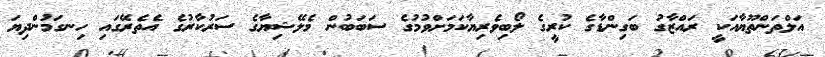
އަލްތަންތޫޔާއަކީ ރައްޒާގު ބަގިންޑާގެ ކުރީގެ ލޯބިވެރިޔާކަމަށްވުމުގެ ސަބަބުން މެލޭޝިޔާގެ ސަރުކާރުގެ އެތެރޭގައި ހިނގަމުންދިޔަ